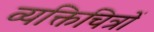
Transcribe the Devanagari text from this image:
व्यक्तिचित्रों